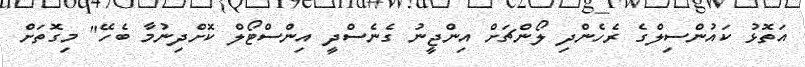
އަތޮޅު ކައުންސިލްގެ ރެހެންދި ލޯންޗަށް އިންޖީނު ގެނެސްދީ އިންސްޓޯލް ކޮށްދިނުމާ ބެހޭ" މިގޮތަށް